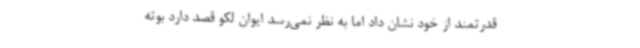
قدرتمند از خود نشان داد اما به نظر نمی‌رسد ایوان لکو قصد دارد بوته